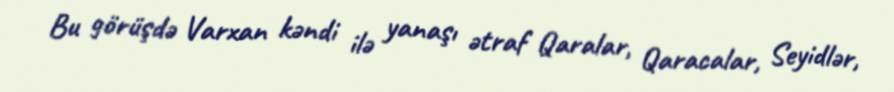
Bu görüşdə Varxan kəndi ilə yanaşı ətraf Qaralar, Qaracalar, Seyidlər,